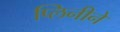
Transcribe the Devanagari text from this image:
प्लिनीने